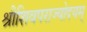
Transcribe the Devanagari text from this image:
श्रीशिवपराज्योदयम्